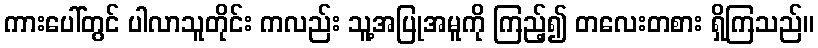
ကားပေါ်တွင် ပါလာသူတိုင်း ကလည်း သူ့အပြုအမူကို ကြည့်၍ တလေးတစား ရှိကြသည်။